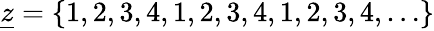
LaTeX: \underline{{z}}=\{ 1,2,3,4,1,2,3,4,1,2,3,4,\dots\}